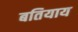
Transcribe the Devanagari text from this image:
बतियाय